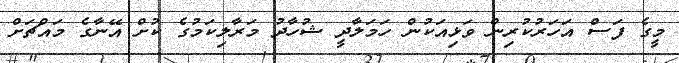
މީގެ ފަސް އަހަރުކުރިން ވަޅިއަކުން ހަމަލާދީ ޝުހާދު މަރާލިކަމުގެ ކުށް އޭނާގެ މައްޗަށް